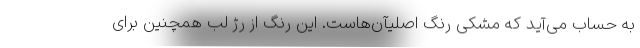
به حساب می‌آید که مشکی رنگ اصلیآن‌هاست. این رنگ از رژ لب همچنین برای